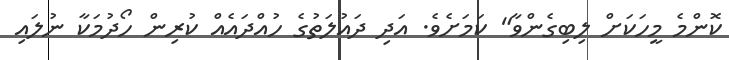
ކޮންމެ މީހަކަށް ލިބިގެންވާ" ކަމަށެވެ. އަދި ދައުލަތުގެ ހުއްދައެއް ކުރިން ހޯދުމަކާ ނުލައި